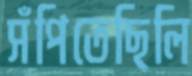
সঁপিতেছিলি